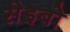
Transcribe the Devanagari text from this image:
सेइबो